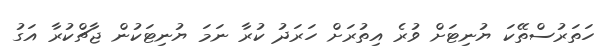
ހަތަރުސްތޭކަ ޔުނިޓަށް ވުރެ އިތުރަށް ހަރަދު ކުރާ ނަމަ ޔުނިޓަކުން ޖާޗްކުރާ އަގު